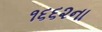
૧૬૬૨ના